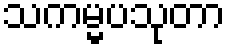
သကမ္မပသုတာ